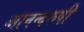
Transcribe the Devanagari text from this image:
आनन्दरुपी